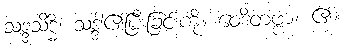
သဒ္ဒသိဒ္ဓိ၊ သဒ္ဒါ၏ပြီးခြင်းကို။ ဝေဒိတဗ္ဗာ၊ ၏။